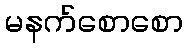
မနက်စောစော